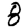
Digit: 8